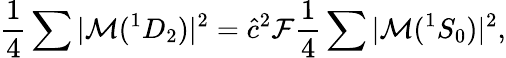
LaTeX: \frac{1}{4}\sum|{\cal M}(^{1}D_{2})|^{2}=\hat{c}^{2}{\cal F}\frac{1}{4}\sum|{\cal M}(^{1}S_{0})|^{2},